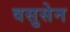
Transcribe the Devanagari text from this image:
वसुसेन